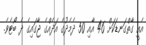
އެއީ ގާތްގަނޑަކަށް 46 އާއި 50 ދެމެދުގެ އަދެއްގެ ޖާގައިގެ ދެ ބޯޓެވެ.